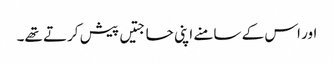
اور اس کے سامنے اپنی حاجتیں پیش کرتے تھے۔